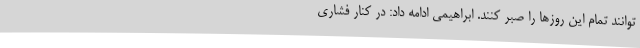
توانند تمام این روزها را صبر کنند. ابراهیمی ادامه داد: در کنار فشاری